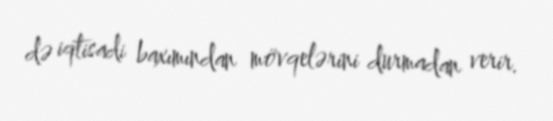
də iqtisadi baxımından mövqelərini durmadan verir.